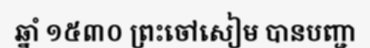
ឆ្នាំ ១៥៣០ ព្រះចៅសៀម បានបញ្ជា